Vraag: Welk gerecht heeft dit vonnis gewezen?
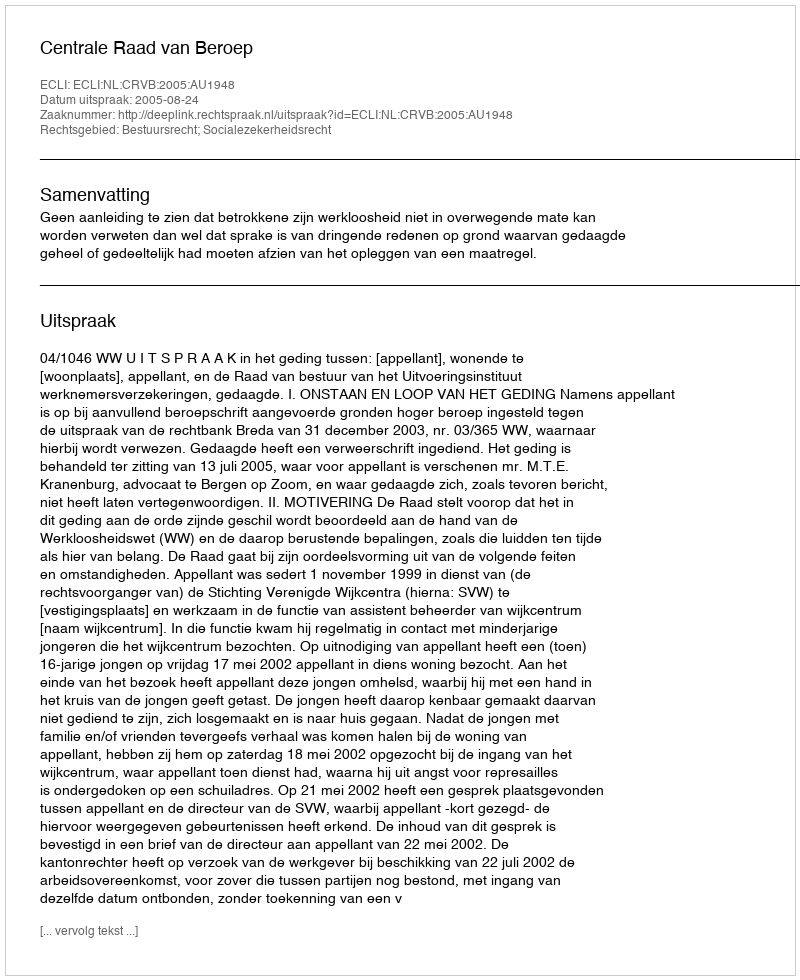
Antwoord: Centrale Raad van Beroep